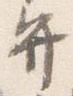
弁